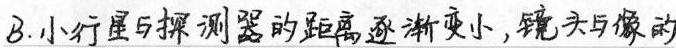
B.小行星与探测器的距离逐渐变小,镜头与像的